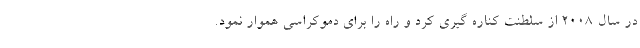
در سال 2008 از سلطنت کناره گیری کرد و راه را برای دموکراسی هموار نمود.